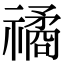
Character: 𥛯